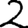
Digit: 2